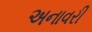
અનાવરી